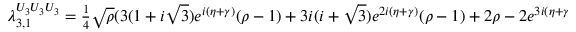
\begin{array} { r } { \lambda _ { 3 , 1 } ^ { U _ { 3 } U _ { 3 } U _ { 3 } } = \frac { 1 } { 4 } \sqrt { \rho } ( 3 ( 1 + i \sqrt { 3 } ) e ^ { i ( \eta + \gamma ) } ( \rho - 1 ) + 3 i ( i + \sqrt { 3 } ) e ^ { 2 i ( \eta + \gamma ) } ( \rho - 1 ) + 2 \rho - 2 e ^ { 3 i ( \eta + \gamma ) } \rho ) , } \end{array}